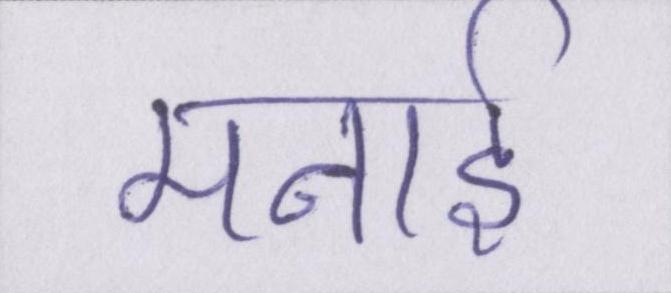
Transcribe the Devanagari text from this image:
मनाई